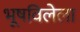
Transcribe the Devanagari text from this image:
भूषविलेला